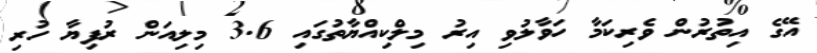
އޭގެ އިތުރުން ވެރިކަމާ ހަވާލުވި އިރު މިލްކިއްޔާތުގައި 3.6 މިލިއަން ރުފިޔާ ހުރި